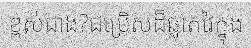
ខ្ពស់ជាង?ជម្រើសដ៏ឆ្លាតវៃក្នុង